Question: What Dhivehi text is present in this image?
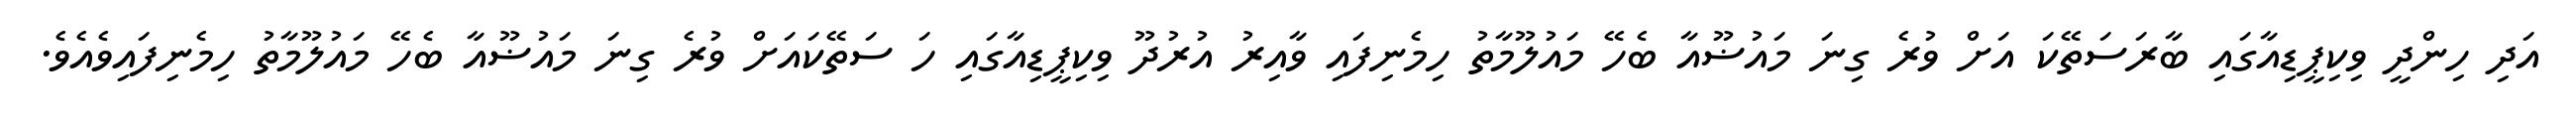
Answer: އަދި ހިންދީ ވިކިޕީޑިއާގައި ބާރަސަތޭކަ އަށް ވުރެ ގިނަ މައުޟޫއާ ބެހޭ މައުލޫމާތު ހިމެނިފައި ވާއިރު އުރުދޫ ވިކިޕީޑިއާގައި ހަ ސަތޭކައަށް ވުރެ ގިނަ މައުޟޫއާ ބެހޭ މައުލޫމާތު ހިމެނިފައިވެއެވެ.